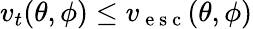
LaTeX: v_{t}(\theta,\phi)\leq v_{\mathrm{~e~s~c~}}(\theta,\phi)